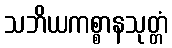
သဘိယကစ္စာနသုတ္တံ